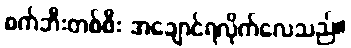
စက်ဘီးတစ်စီး အချောင်ရလိုက်လေသည်။